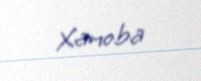
Xanoba